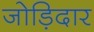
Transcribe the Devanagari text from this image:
जोड़िदार